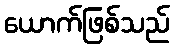
ယောက်ဖြစ်သည်